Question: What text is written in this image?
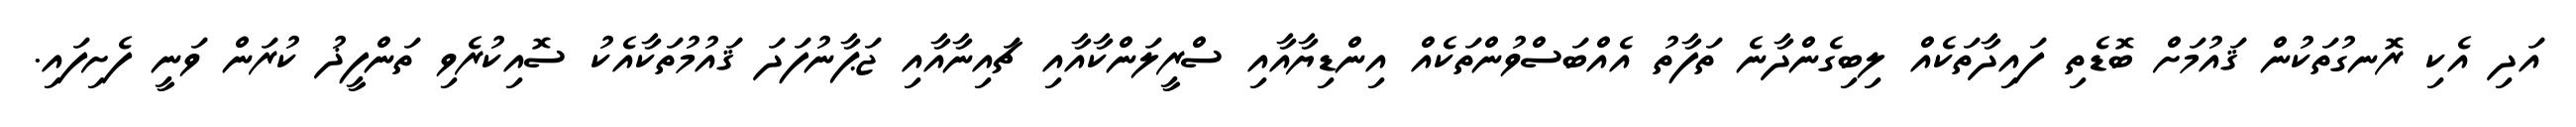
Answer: އަދި އެކި ރޮނގުތަކުން ޤައުމަށް ބޮޑެތި ފައިދާތަކެއް ލިބިގެންދާނެ ތަފާތު އެއްބަސްވުންތަކެއް އިންޑިޔާއާއި ސްރީލަންކާއާއި ޗައިނާއާއި ޖަޕާނުފަދަ ޤައުމުތަކާއެކު ސޮއިކުރެވި ތަންފީޛު ކުރަން ވަނީ ފެށިފައި.